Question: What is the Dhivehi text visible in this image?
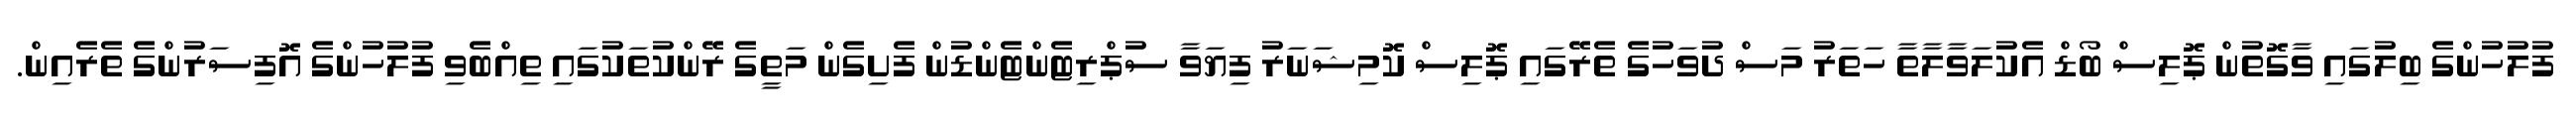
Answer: ފުލުހުންގެ ބިލުގައި ވާގޮތުން ޕޮލިސް ބޯޑް އެކުލަވާލާތާ ހަތަރު މަސް ދުވަހުގެ ތެރޭގައި ޕޮލިސް ކޮމިޝަނަރު ފިޔަވާ ސުޕްރިޓެންޓެންޑުން ފެށިގެން މަތީގެ ރޭންކުތަކުގައި ތިއްބެވި ފުލުހުންގެ އޮފިސަރުންގެ ތެރެއިން.